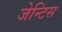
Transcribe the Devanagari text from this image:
जेन्टिस